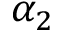
\alpha _ { 2 }